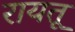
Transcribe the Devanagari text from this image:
रायतू